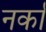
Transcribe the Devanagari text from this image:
नर्का